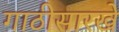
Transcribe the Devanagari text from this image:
गाठीसारखे